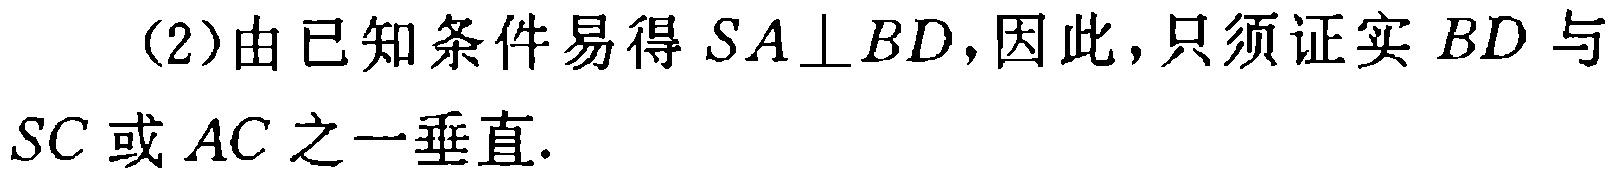
（2）由已知条件易得 \(SA\perp BD\)，因此，只须证实 \(BD\) 与 \(SC\) 或 \(AC\) 之一垂直.